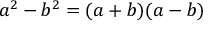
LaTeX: a ^ { 2 } - b ^ { 2 } = ( a + b ) ( a - b )